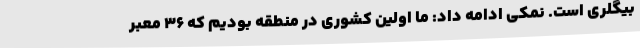
بیگلری است. نمکی ادامه داد: ما اولین کشوری در منطقه بودیم که ۳۶ معبر